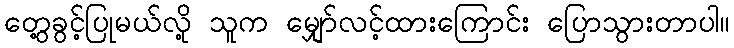
တွေ့ခွင့်ပြုမယ်လို့ သူက မျှော်လင့်ထားကြောင်း ပြောသွားတာပါ။